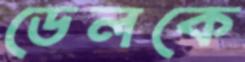
ডেলকে